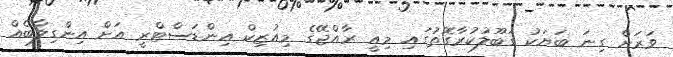
ވަރަށް ގިނަ ބަޔަކު ގަބޫލުކުރާގޮތުގައި މިއީ ރާއްޖޭގެ މިއުޒިކް އިންޑަސްޓްރީ އަށް އިންގިލާބެއް